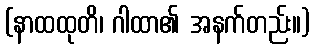
(နာထထုတိ၊ ဂါထာ၏ အနက်တည်း။)